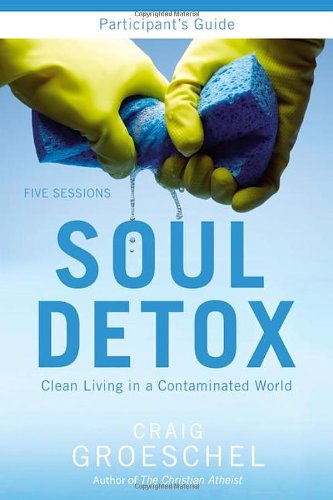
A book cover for Soul Detox Participant's Guide: Clean Living in a Contaminated World; Craig Groeschel; Christian Books & Bibles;